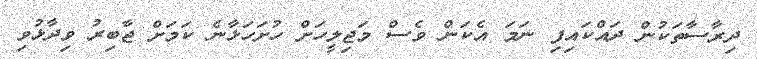
ދިރާސާތަކުން ދައްކައިފި ނަމަ އެކަން ވެސް މަޖިލީހަށް ހުށަހަޅާނެ ކަމަށް ޖާބިރު ވިދާޅުވި